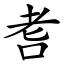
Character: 䎛